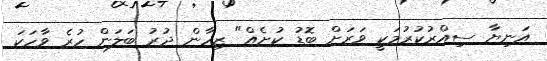
އަނިޔާ ސިއްރުކުރުމަކީ ވަރަށް ބޮޑު ކުށެއް" ޒިހާން ދުރު ބަލަން ހުރެ ވާހަކަ